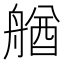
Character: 𦩲